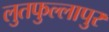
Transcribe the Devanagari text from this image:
लुतफुल्लापुर